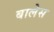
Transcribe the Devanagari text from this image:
बालेस